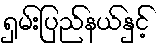
ရှမ်းပြည်နယ်နှင့်